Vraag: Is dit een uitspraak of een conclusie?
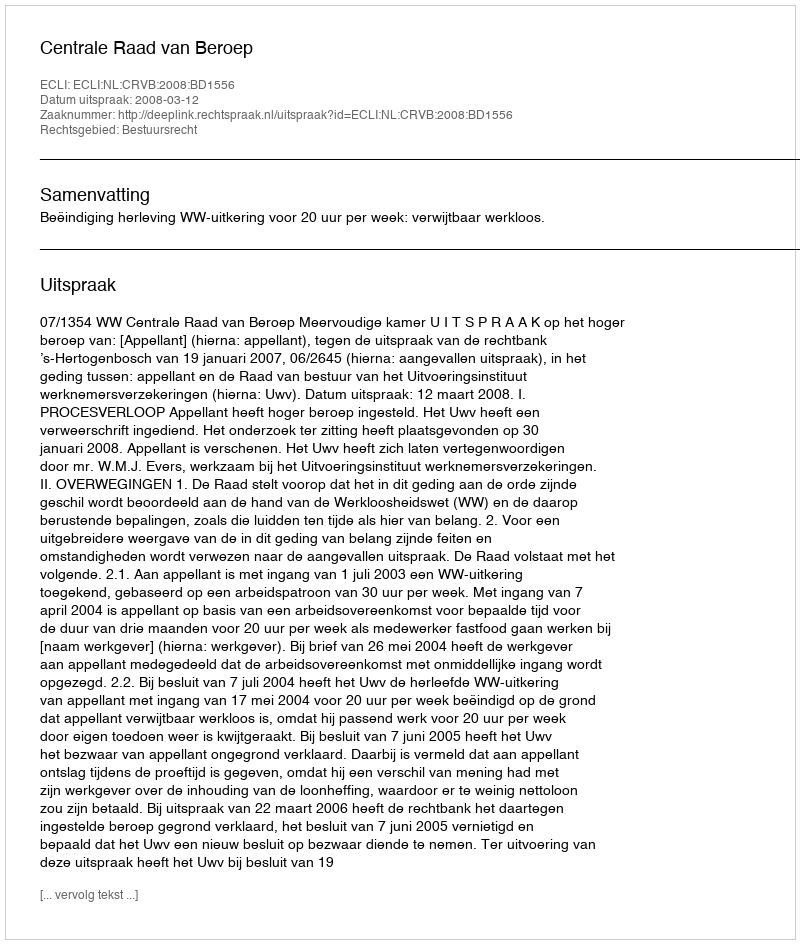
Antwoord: Uitspraak